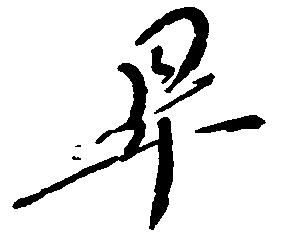
畢